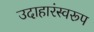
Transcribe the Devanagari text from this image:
उदाहारंस्वरूप